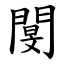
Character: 閺